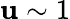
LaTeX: \mathbf{u}\sim1